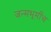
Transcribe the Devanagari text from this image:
जन्मभूमीच